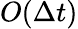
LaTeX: O(\Delta t)